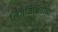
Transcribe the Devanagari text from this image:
लिंगनिश्चितीच्या